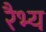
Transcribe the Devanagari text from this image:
रैभ्य